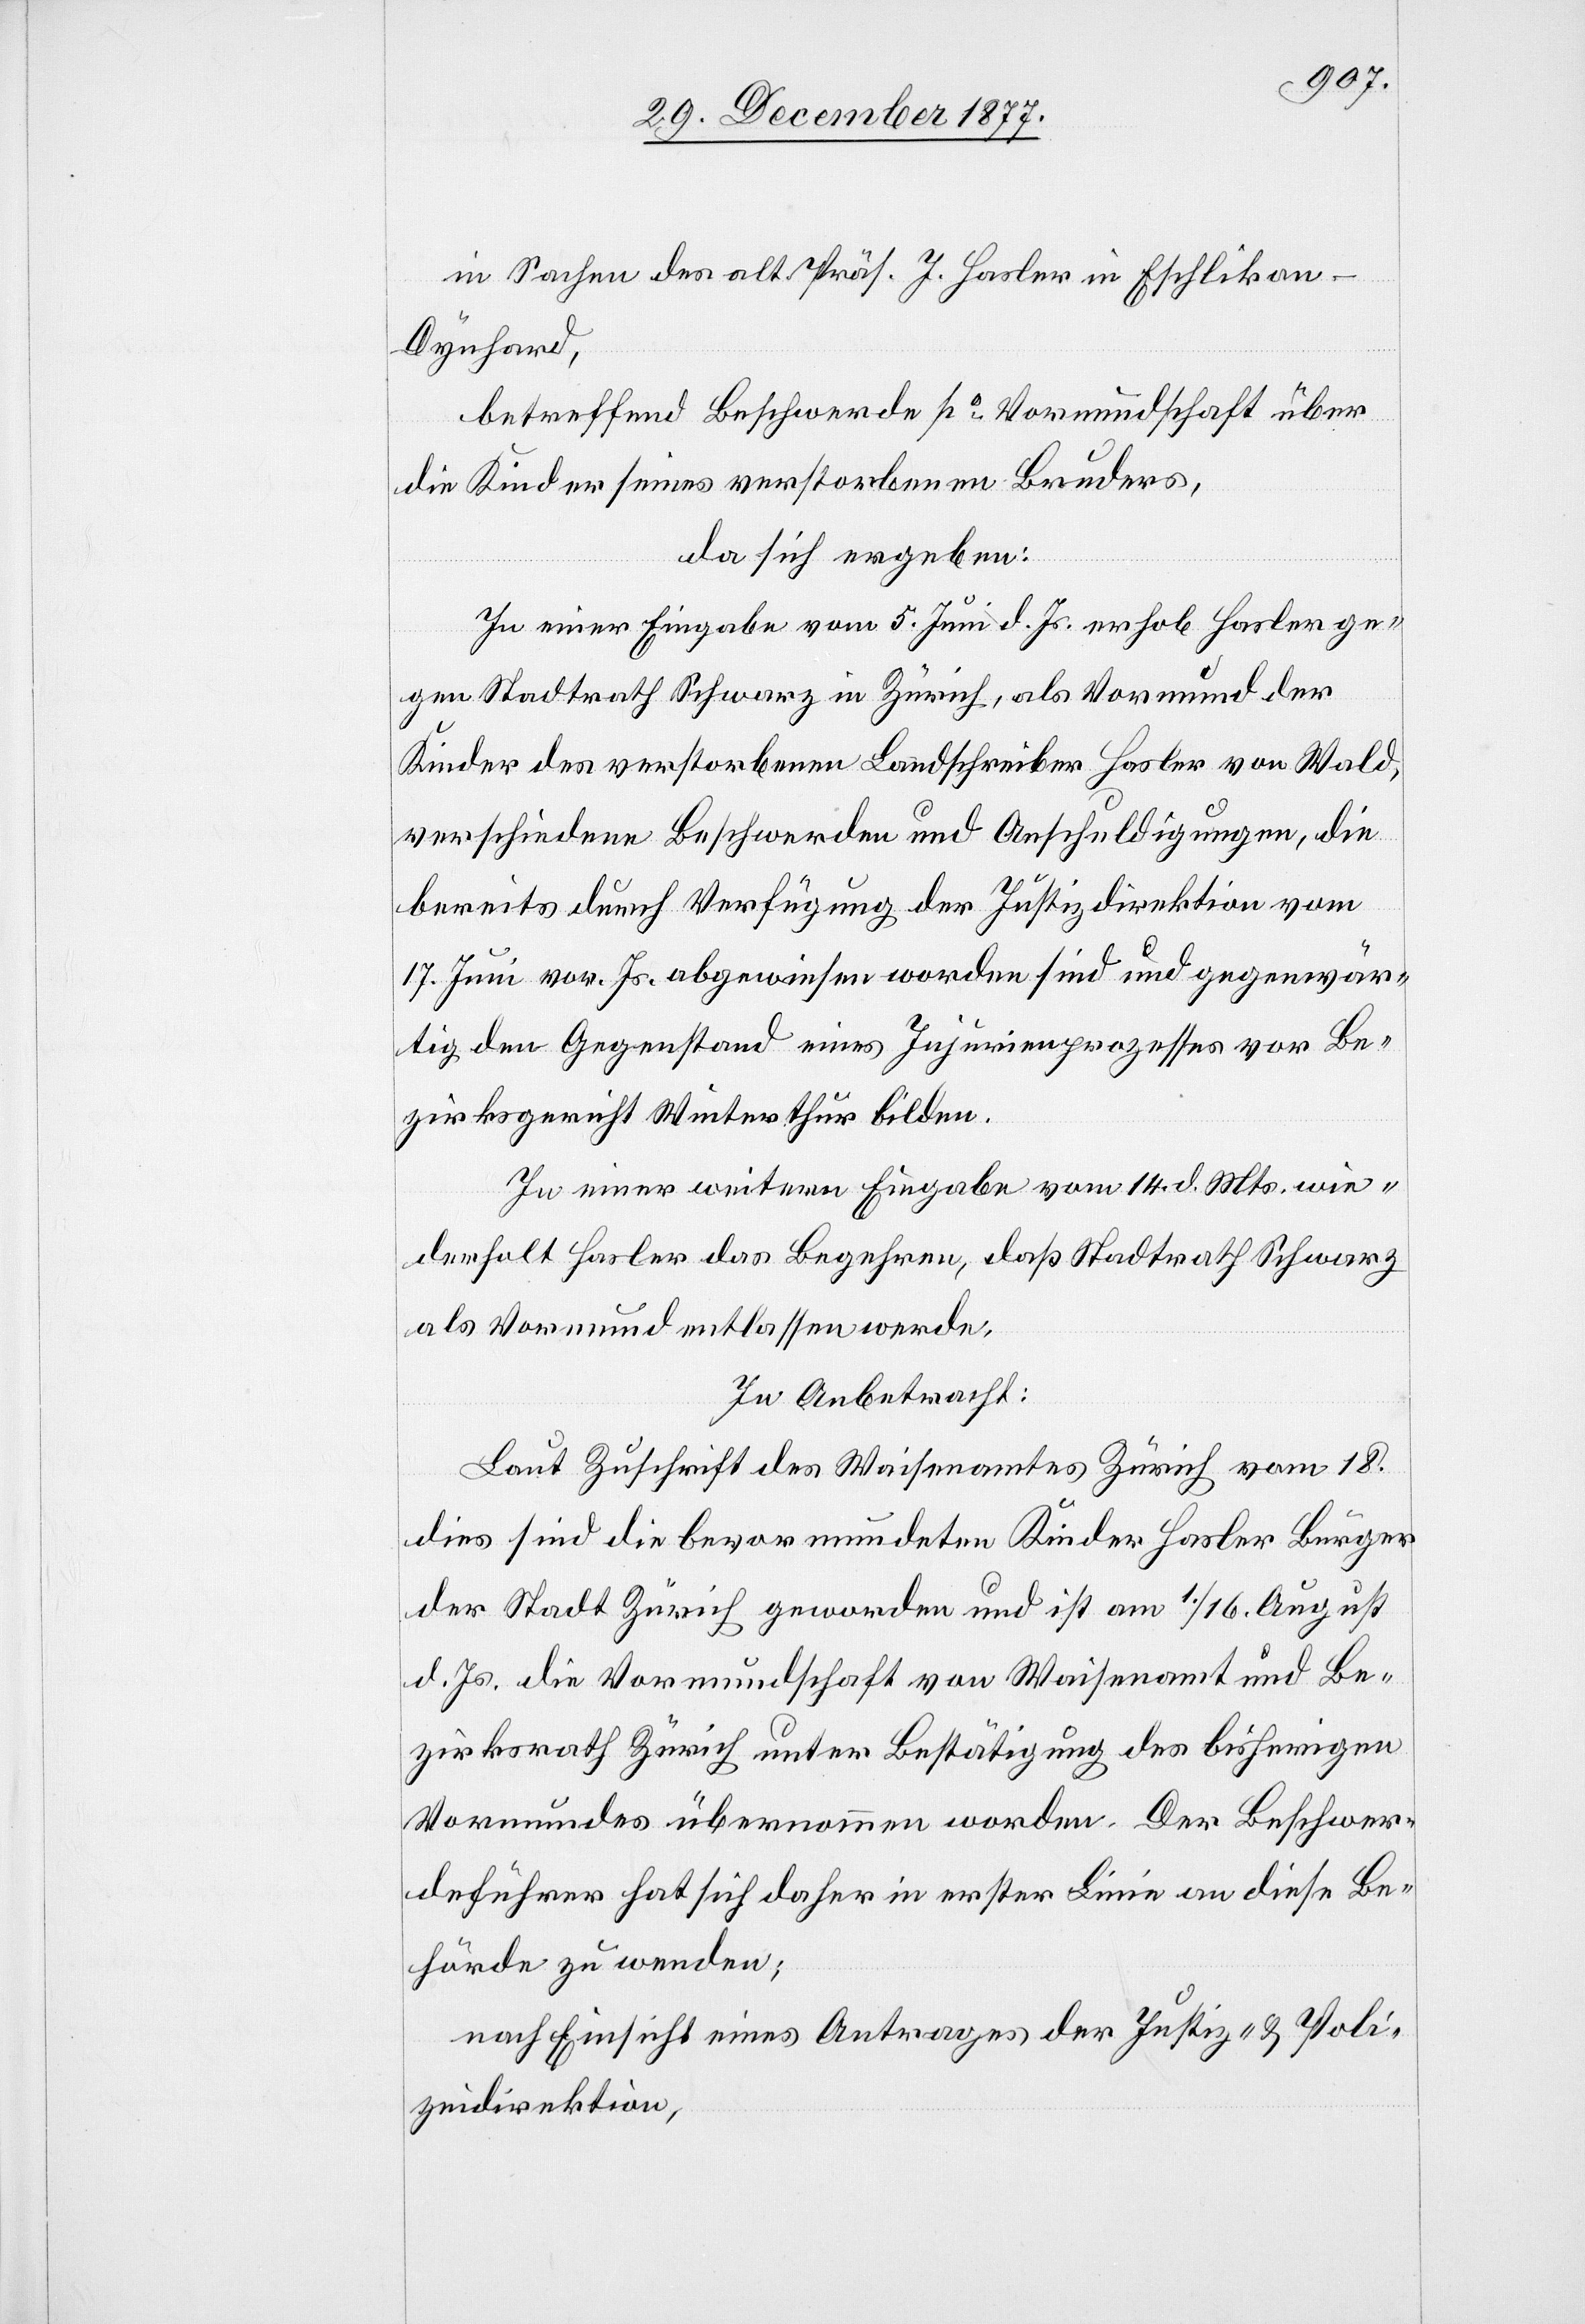
in Sachen des alt Präs. J. Hasler in Eschlikon -
Dynhard,
betreffend Beschwerde po Vormundschaft über
die Kinder seines verstorbenen Bruders,
da sich ergeben:
In einer Eingabe vom 5. Juni d. Js. erhob Hasler ge¬
gen Stadtrath Schwarz in Zürich, als Vormund der
Kinder des verstorbenen Landschreiber Hasler von Wald,
verschiedene Beschwerden und Anschuldigungen, die
bereits durch Verfügung der Justizdirektion vom
17. Juni vor. Js. abgewiesen worden sind und gegenwär¬
tig den Gegenstand eines Injurienprozesses vor Be¬
zirksgericht Winterthur bilden.
In einer weitern Eingabe vom 14. d. Mts. wie¬
derholt Hasler das Begehren, daß Stadtrath Schwarz
als Vormund entlassen werde.
In Anbetracht:
Laut Zuschrift des Waisenamtes Zürich vom 18.
dies sind die bevormundeten Kinder Hasler Bürger
der Stadt Zürich geworden und ist am 1./16. August
d. Js. die Vormundschaft von Waisenamt und Be¬
zirksrath Zürich unter Bestätigung des bisherigen
Vormundes übernommen worden. Der Beschwer¬
deführer hat sich daher in erster Linie an diese Be¬
hörde zu wenden;
nach Einsicht eines Antrages der Justiz- & Poli¬
zeidirektion,